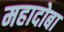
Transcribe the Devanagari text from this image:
महादोबा